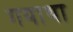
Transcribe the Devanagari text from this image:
गयाथा